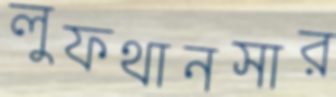
লুফথানসার